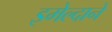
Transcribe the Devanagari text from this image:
इमेल्दाने